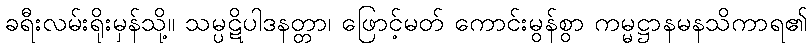
ခရီးလမ်းရိုးမှန်သို့။ သမ္ပဋိပါဒနတ္တာ၊ ဖြောင့်မတ် ကောင်းမွန်စွာ ကမ္မဋ္ဌာနမနသိကာရ၏